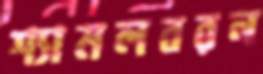
শ্যামলবরন